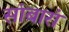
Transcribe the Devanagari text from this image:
सांबारां